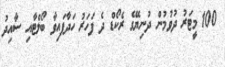
100 މީޓަރު ދުވުމުން ދުނިޔޭގެ ރެކޯޑް ދެ ފަހަރު ހަދާފައިވާ ބޯލްޓާއި ސާއިދު